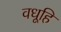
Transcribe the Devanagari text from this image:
वधूहि